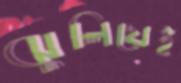
ঝুলিয়েই